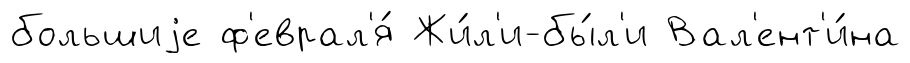
большиjе ф'еврал'я́ Жи́л'и-бы́л'и Вал'ент'и́на